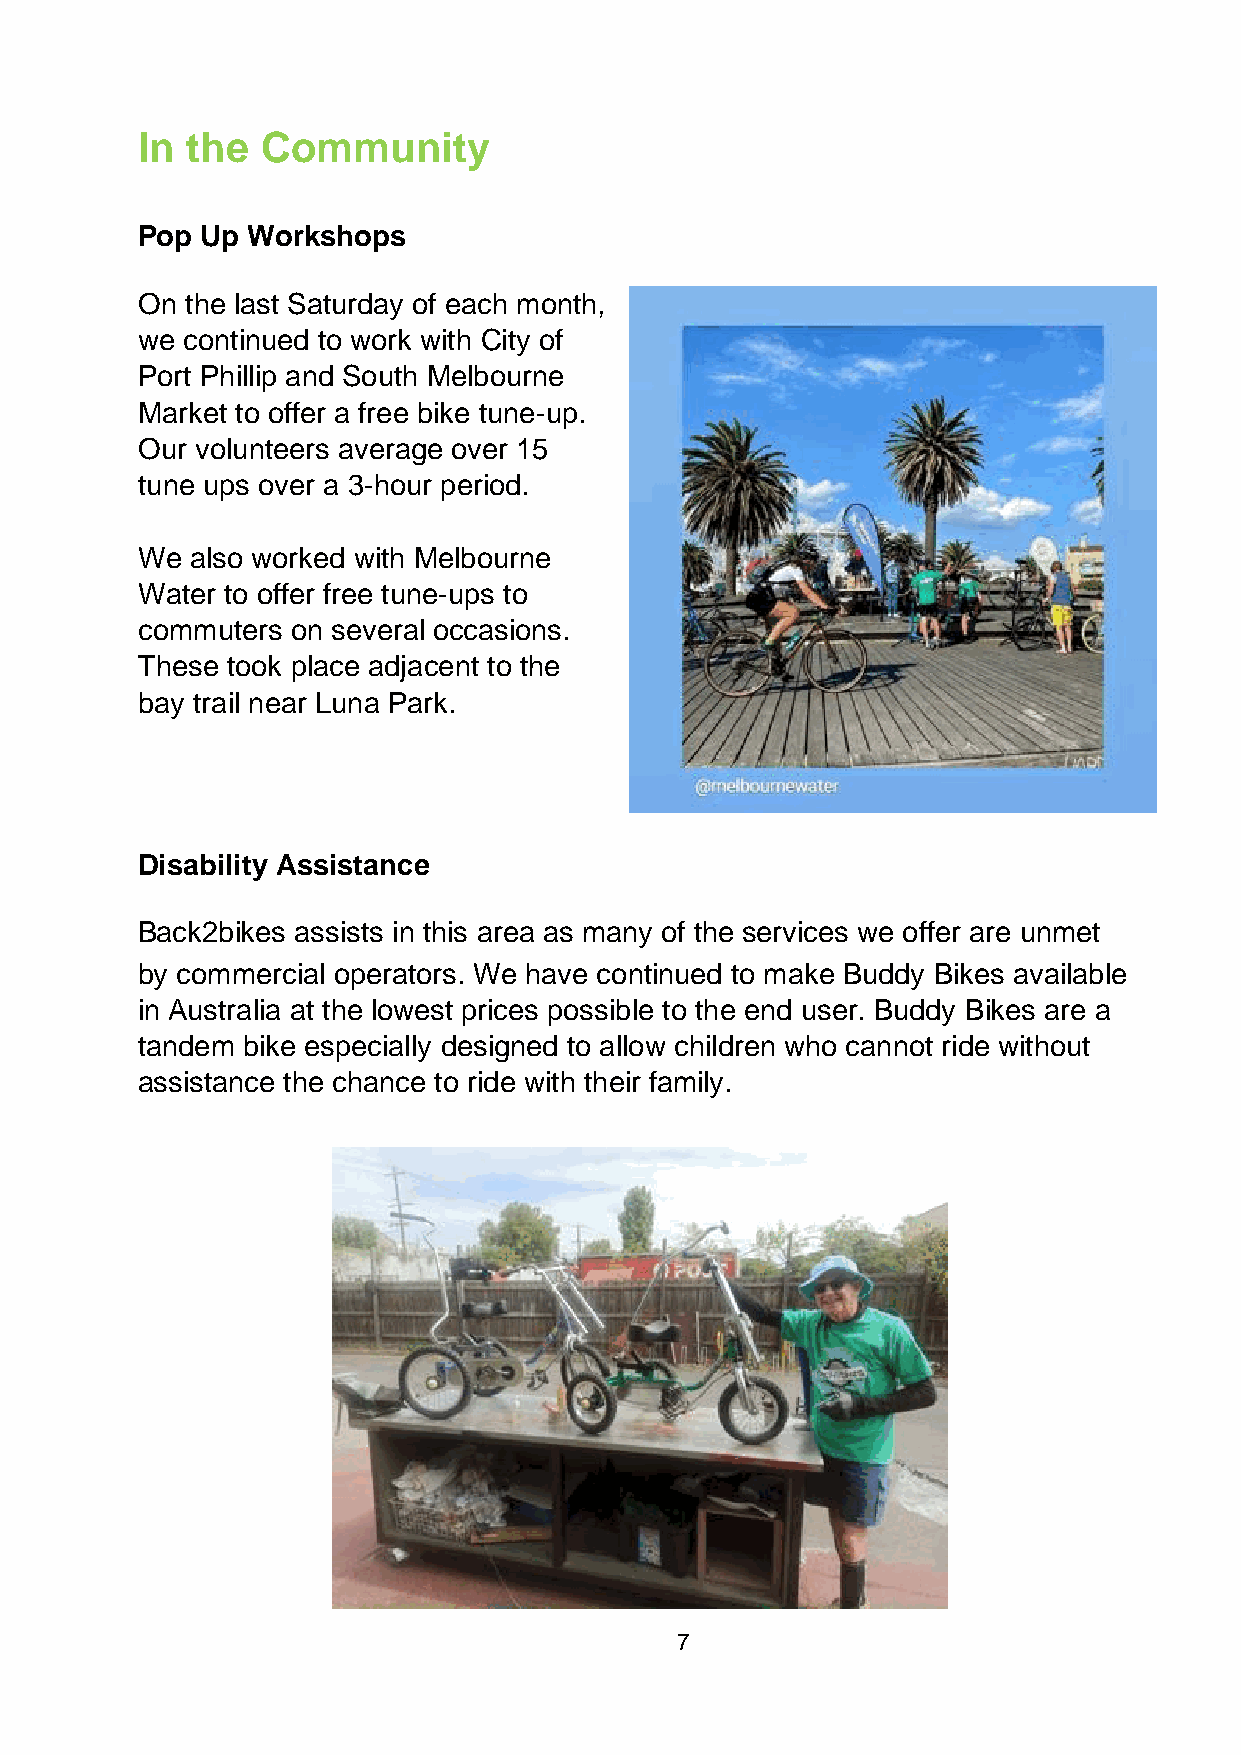
In the  Community
 Pop Up Workshops
 On the last Saturday of each month,
 we continued to work with City of
 Port Phillip and South Melbourne
 Market to offer a free bike tune-up.
 Our volunteers average over 15
 tune ups over a 3-hour period.
 We  also worked with Melbourne
 Water to offer free tune-ups to
 commuters on several occasions.
 These took place adjacent to the
 bay trail near Luna Park.
 Disability Assistance
 Back2bikes assists in this area as many of the services we offer are unmet
 by commercial operators. We have continued to make Buddy Bikes available
 in Australia at the lowest prices possible to the end user. Buddy Bikes are a
 tandem bike especially designed to allow children who cannot ride without
 assistance the chance to ride with their family.
 7